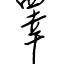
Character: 睪